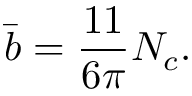
\bar { b } = \frac { 1 1 } { 6 \pi } N _ { c } .